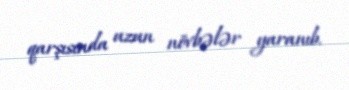
qarşısında uzun növbələr yaranıb.